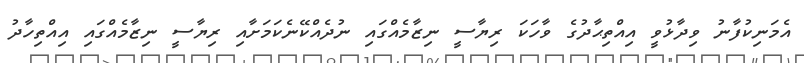
އެމަނިކުފާނު ވިދާޅުވީ އިއްތިޙާދުގެ ވާހަކަ ރިޔާސީ ނިޒާމެއްގައި ނުދެއްކޭނެކަމަށާއި ރިޔާސީ ނިޒާމެއްގައި އިއްތިހާދު